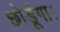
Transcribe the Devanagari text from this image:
छोडूंगा।